Annual administration report of the Civil Veterinary Department of India - 1895-1896
Year: 1895
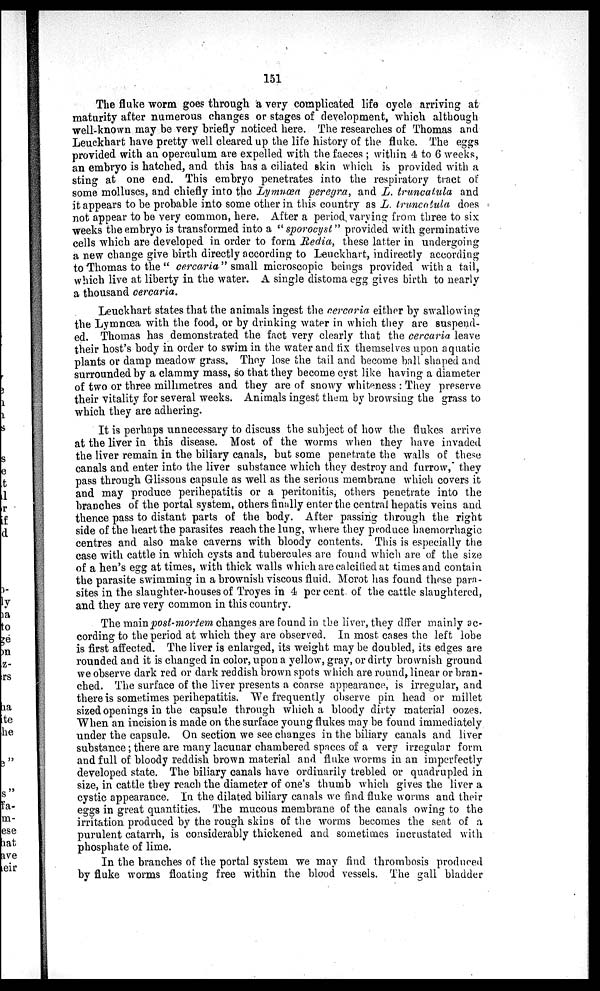
151
The fluke worm goes through a very complicated life cycle arriving at
maturity after numerous changes or stages of development, which although
well-known may be very briefly noticed here. The researches of Thomas and
Leuckhart have pretty well cleared up the life history of the fluke. The eggs
provided with an operculum are expelled with the faeces; within 4 to 6 weeks,
an embryo is hatched, and this has a ciliated skin which is provided with a
sting at one end. This embryo penetrates into the respiratory tract of
some molluscs, and chiefly into the Lymnæa peregra, and L. truncatula and
it appears to be probable into some other in this country as L. truncatula does
not appear to be very common, here. After a period varying from three to six
weeks the embryo is transformed into a "sporocyst" provided with germinative
cells which are developed in order to form Redia, these latter in undergoing
a new change give birth directly according to Leuckhart, indirectly according
to Thomas to the "cercaria" small microscopic beings provided with a tail,
which live at liberty in the water. A single distoma egg gives birth to nearly
a thousand cercaria.
Leuckhart states that the animals ingest the cercaria either by swallowing
the Lymnæa with the food, or by drinking water in which they are suspend-
ed. Thomas has demonstrated the fact very clearly that the cercaria leave
their host's body in order to swim in the water and fix themselves upon aquatic
plants or damp meadow grass. They lose the tail and become ball shaped and
surrounded by a clammy mass, so that they become cyst like having a diameter
of two or three millimetres and they are of snowy whiteness: They preserve
their vitality for several weeks. Animals ingest them by browsing the grass to
which they are adhering.
It is perhaps unnecessary to discuss the subject of how the flukes arrive
at the liver in this disease. Most of the worms when they have invaded
the liver remain in the biliary canals, but some penetrate the walls of these
canals and enter into the liver substance which they destroy and furrow, they
pass through Glissons capsule as well as the serious membrane which covers it
and may produce perihepatitis or a peritonitis, others penetrate into the
branches of the portal system, others finally enter the central hepatis veins and
thence pass to distant parts of the body. After passing through the right
side of the heart the parasites reach the lung, where they produce haemorrhagic
centres and also make caverns with bloody contents. This is especially the
case with cattle in which cysts and tubercules are found which are of the size
of a hen's egg at times, with thick walls which are calcified at times and contain
the parasite swimming in a brownish viscous fluid. Morot has found these para-
sites in the slaughter-houses of Troyes in 4 per cent. of the cattle slaughtered,
and they are very common in this country.
The main post-mortem changes are found in the liver, they dffer mainly ac-
cording to the period at which they are observed. In most cases the left lobe
is first affected. The liver is enlarged, its weight may be doubled, its edges are
rounded and it is changed in color, upon a yellow, gray, or dirty brownish ground
we observe dark red or dark reddish brown spots which are round, linear or bran-
ched. The surface of the liver presents a coarse appearance, is irregular, and
there is sometimes perihepatitis. We frequently observe pin head or millet
sized openings in the capsule through which a bloody dirty material oozes.
When an incision is made on the surface young flukes may be found immediately
under the capsule. On section we see changes in the biliary canals and liver
substance; there are many lacunar chambered spaces of a very irregular form
and full of bloody reddish brown material and fluke worms in an imperfectly
developed state. The biliary canals have ordinarily trebled or quadrupled in
size, in cattle they reach the diameter of one's thumb which gives the liver a
cystic appearance. In the dilated biliary canals we find fluke worms and their
eggs in great quantities. The mucous membrane of the canals owing to the
irritation produced by the rough skins of the worms becomes the seat of a
purulent catarrh, is considerably thickened and sometimes incrustated with
phosphate of lime.
In the branches of the portal system we may find thrombosis produced
by fluke worms floating free within the blood vessels. The gall bladder